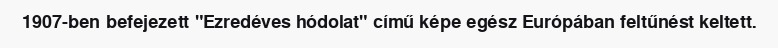
1907-ben befejezett "Ezredéves hódolat" című képe egész Európában feltűnést keltett.